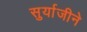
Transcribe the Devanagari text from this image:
सुर्याजीने